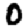
Digit: 0